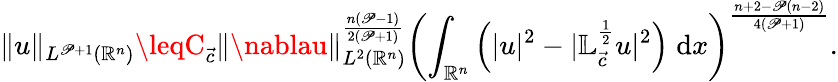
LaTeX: \| u\| _{L^{\mathscr{P}+1}({\mathbb{{R}}^{n}})}\leqC_{{\vec{{c}}}}\| \nablau\| _{L^{2}({\mathbb{{R}}^{n}})}^{\frac{{n(\mathscr{P}-1)}}{{2(\mathscr{P}+1)}}}\left(\int_{\mathbb{{R}}^{n}}\left(|u|^{2}-|\mathbb{{L}}_{\vec{{c}}}^{\frac{1}{2}}u|^{2}\right)\; \mathrm{{d}}x\right)^{\frac{{n+2-\mathscr{P}(n-2)}}{{4(\mathscr{P}+1)}}}.